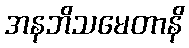
အနဘိသမေတာနိ